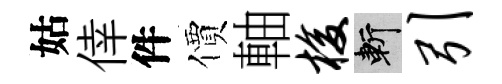
姑倖件價軸梭斬引